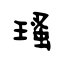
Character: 瑵